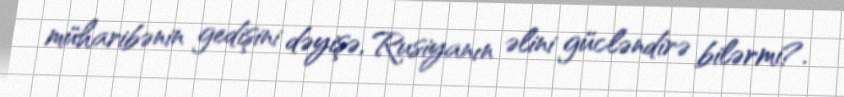
müharibənin gedişini dəyişə, Rusiyanın əlini gücləndirə bilərmi?.